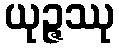
ယုဉ္ဇဿု